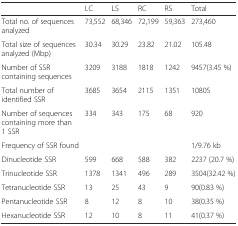
|  | LC | LS | RC | RS | Total |
 | --- | --- | --- | --- | --- | --- |
 | Total no. of sequences analyzed | 73,552 | 68,346 | 72,199 | 59,363 | 273,460 |
 | Total size of sequences analyzed (Mbp) | 30.34 | 30.29 | 23.82 | 21.02 | 105.48 |
 | Number of SSR containing sequences | 3209 | 3188 | 1818 | 1242 | 9457(3.45 %) |
 | Total number of identified SSR | 3685 | 3654 | 2115 | 1351 | 10805 |
 | Number of sequences containing more than 1 SSR | 334 | 343 | 175 | 68 | 920 |
 | Frequency of SSR found |  |  |  |  | 1/9.76 kb |
 | Dinucleotide SSR | 599 | 668 | 588 | 382 | 2237 (20.7 %) |
 | Trinucleotide SSR | 1378 | 1341 | 496 | 289 | 3504(32.42 %) |
 | Tetranucleotide SSR | 13 | 25 | 43 | 9 | 90(0.83 %) |
 | Pentanucleotide SSR | 8 | 12 | 8 | 10 | 38(0.35 %) |
 | Hexanucleotide SSR | 12 | 10 | 8 | 11 | 41(0.37 %) |